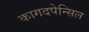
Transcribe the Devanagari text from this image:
कागदपेन्सिल